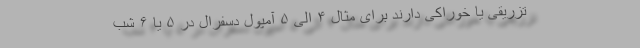
تزریقی یا خوراکی دارند برای مثال ۴ الی ۵ آمپول دسفرال در ۵ یا ۶ شب